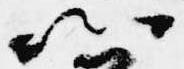
卿